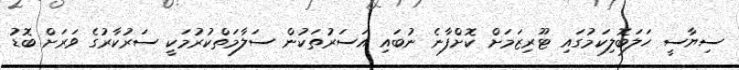
ސިޔާސީ ހަލަބޮލިކަމުގައި ޓޫރިޒަމަށް ކޮށްފާނެ ނުބައި އަސަރުތަކުން ސަލާމަތްކުރުމަކީ ސަރުކާރުގެ ވަރަށް ބޮޑު